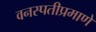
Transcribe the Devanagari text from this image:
वनस्पतीप्रमाणे